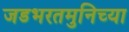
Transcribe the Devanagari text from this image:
जडभरतमुनिच्या